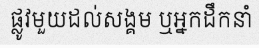
ផ្លូវមួយដល់សង្គម ឬអ្នកដឹកនាំ